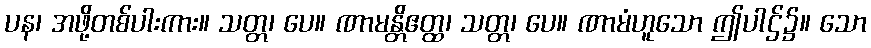
ပန၊ အဖို့တစ်ပါးကား။ သတ္တ၊ ပေ။ ဏာမန္တိဧတ္ထ၊ သတ္တ၊ ပေ။ ဏာမံဟူသော ဤပါဌ်၌။ သော